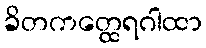
ခိတကတ္ထေရဂါထာ